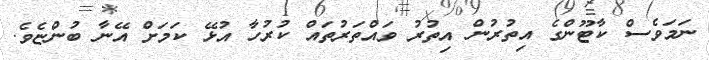
ނަމަވެސް ކާޓޫންގެ އިތުރުން އިތުރު ވައްތަރުތައް ކުރުހާ އުޅޭ ކަމަށް އޭނާ ބުންޏެވެ.